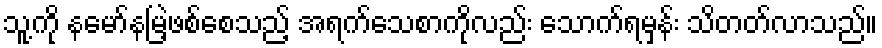
သူ့ကို နမော်နမြဲ့ဖစ်စေသည့် အရက်သေစာကိုလည်း သောက်ရမှန်း သိတတ်လာသည်။